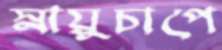
স্নায়ুচাপে